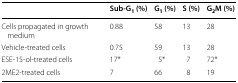
<table><thead><tr><td>[EMPTY_CELL]</td><td><b>Sub-G<sub>1</sub> (%)</b></td><td><b>G<sub>1</sub> (%)</b></td><td><b>S (%)</b></td><td><b>G<sub>2</sub>M (%)</b></td></tr></thead><tbody><tr><td>Cells propagated in growth medium</td><td>0.88</td><td>58</td><td>13</td><td>28</td></tr><tr><td>Vehicle-treated cells</td><td>0.75</td><td>59</td><td>13</td><td>28</td></tr><tr><td>ESE-15-ol-treated cells</td><td>17*</td><td>5*</td><td>7</td><td>72*</td></tr><tr><td>2ME2-treated cells</td><td>7</td><td>66</td><td>8</td><td>19</td></tr></tbody></table>